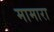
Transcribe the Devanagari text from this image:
मामारा